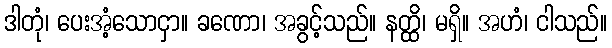
ဒါတုံ၊ ပေးအံ့သောငှာ။ ခဏော၊ အခွင့်သည်။ နတ္ထိ၊ မရှိ။ အဟံ၊ ငါသည်။